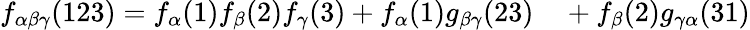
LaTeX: \begin{array}{rl}{f_{\alpha\beta\gamma}(123)=f_{\alpha}(1)f_{\beta}(2)f_{\gamma}(3)+f_{\alpha}(1)g_{\beta\gamma}(23)}&{{}+f_{\beta}(2)g_{\gamma\alpha}(31)}\end{array}